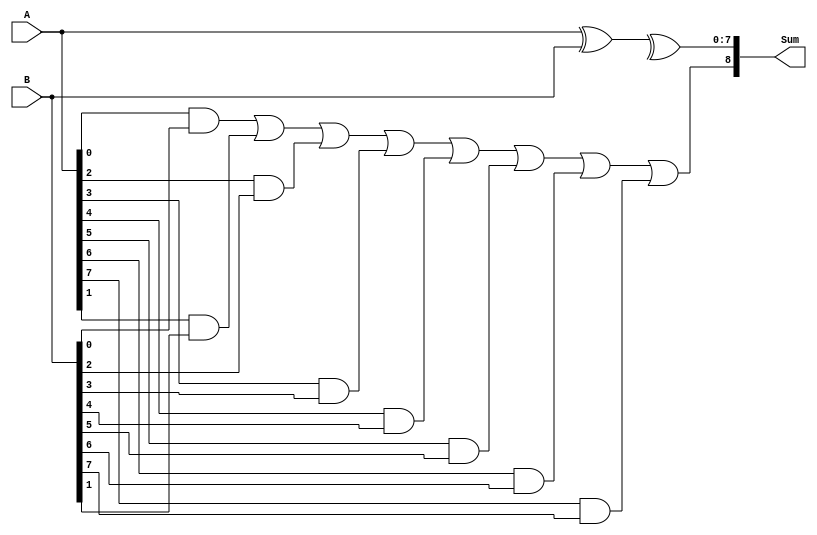
module brent_kung_adder #(parameter WIDTH = 8)
(
    input [WIDTH-1:0] A,
    input [WIDTH-1:0] B,
    output [WIDTH:0] Sum
);

    wire [WIDTH:0] P, G, C;

    assign P[0] = A[0] ^ B[0];
    assign G[0] = A[0] & B[0];

    genvar i;
    generate
        for (i = 1; i < WIDTH; i = i + 1) begin : stage
            assign P[i] = P[i-1] ^ (A[i] ^ B[i]);
            assign G[i] = G[i-1] | (A[i] & B[i]);
        end
    endgenerate

    assign C[WIDTH] = G[WIDTH-1];
    assign Sum[WIDTH-1:0] = A ^ B ^ C[WIDTH-1];
    assign Sum[WIDTH] = C[WIDTH];

endmodule